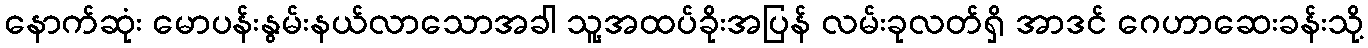
နောက်ဆုံး မောပန်းနွမ်းနယ်လာသောအခါ သူ့အထပ်ခိုးအပြန် လမ်းခုလတ်ရှိ အာဒင် ဂေဟာဆေးခန်းသို့